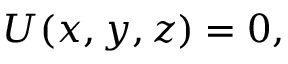
U ( x , y , z ) = 0 ,